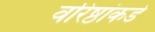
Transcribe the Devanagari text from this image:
वरिष्ठांकडे